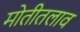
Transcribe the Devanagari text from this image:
मोतीतलाव